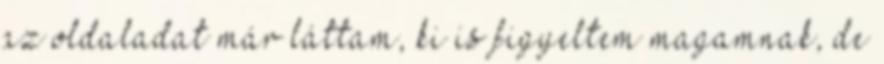
az oldaladat már láttam, ki is figyeltem magamnak, de